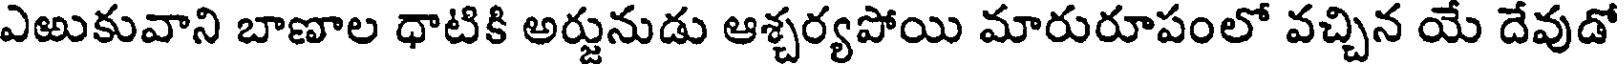
ఎఱుకువాని బాణాల ధాటికి అర్జునుడు ఆశ్చర్యపోయి మారురూపంలో వచ్చిన యే దేవుడో